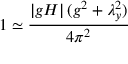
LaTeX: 1 \simeq \frac { \left| g H \right| ( g ^ { 2 } + \lambda _ { y } ^ { 2 } ) } { 4 \pi ^ { 2 } }